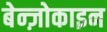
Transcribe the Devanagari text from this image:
बेन्ज़ोकाइन